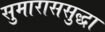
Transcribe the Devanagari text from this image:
सुमाराससुद्धा